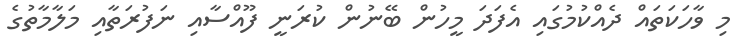
މި ވާހަކަތައް ދެއްކުމުގައި އެފަދަ މީހުން ބޭނުން ކުރަނީ ފޫއްސާއި ނަފުރަތާއި މަލާމާތުގެ